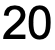
20